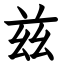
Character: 兹